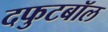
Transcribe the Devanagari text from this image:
दफुटबॉल